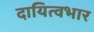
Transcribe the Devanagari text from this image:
दायित्वभार